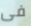
فى